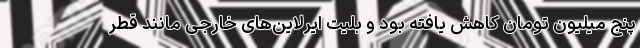
پنج میلیون تومان کاهش یافته بود و بلیت ایرلاین‌های خارجی مانند قطر